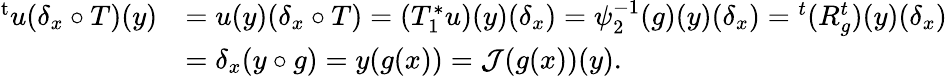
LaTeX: \begin{array}{rl}{{^{\mathrm{t}}u}(\delta_{x}\circ T)(y)}&{=u(y)(\delta_{x}\circ T)=(T_{1}^{\ast}u)(y)(\delta_{x})=\psi_{2}^{-1}(g)(y)(\delta_{x})={^{t}(R_{g}^{t})}(y)(\delta_{x})}\\ &{=\delta_{x}(y\circ g)=y(g(x))=\mathcal{J}(g(x))(y).}\end{array}